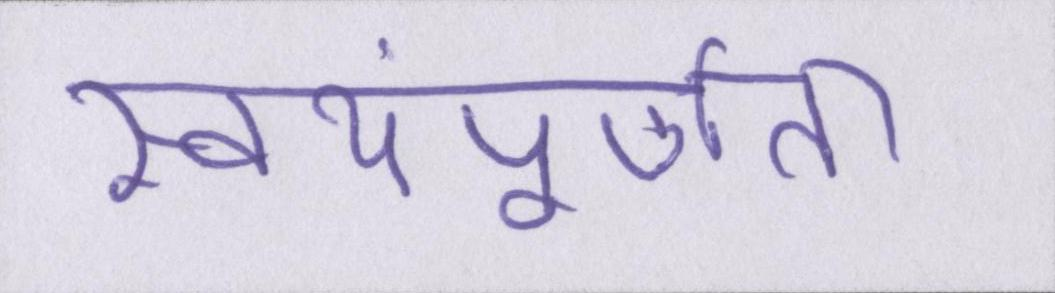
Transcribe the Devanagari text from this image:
स्वयंपूर्णता